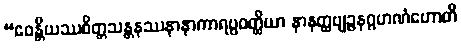
“ဧဝန္တိယဿစိတ္တသန္တနဿနာနာကာရပ္ပဝတ္ထိယာ နာနတ္ထဗျဉ္ဇနဂ္ဂဟဏံဟောတိ